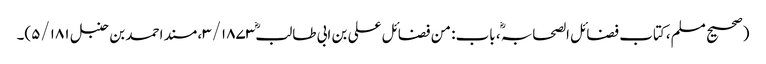
(صحیح مسلم، کتاب فضائل الصحابہ ؓ، باب: من فضائل علی بن ابی طالبؓ ۳/۱۸۷۳، مسند احمد بن حنبل ۵/۱۸۱)۔